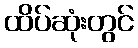
ထိပ်ဆုံးတွင်